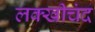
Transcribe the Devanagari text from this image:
लक्खीचंद